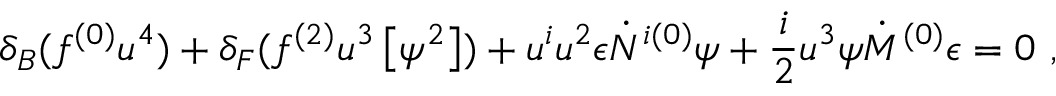
\delta _ { B } ( f ^ { ( 0 ) } u ^ { 4 } ) + \delta _ { F } ( f ^ { ( 2 ) } u ^ { 3 } \left[ \psi ^ { 2 } \right] ) + u ^ { i } u ^ { 2 } \epsilon \dot { N } ^ { i ( 0 ) } \psi + \frac { i } { 2 } u ^ { 3 } \psi \dot { M } ^ { ( 0 ) } \epsilon = 0 ~ ,